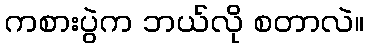
ကစားပွဲက ဘယ်လို စတာလဲ။